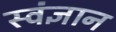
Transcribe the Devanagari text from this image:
स्वंज्ञान